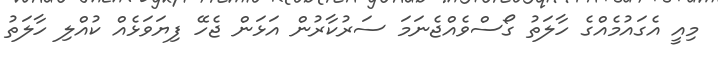
މިއީ އެގައުމެއްގެ ހާލަތު ގޯސްވެއްޖެނަމަ ސަރުކާރުން އަޅަން ޖެހޭ ފިޔަވަޅެއް ކުއްލި ހާލަތު